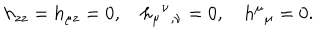
LaTeX: h _ { z z } = h _ { \mu z } = 0 , \quad h _ { \mu } { } ^ { \nu } { } _ { , \nu } = 0 , \quad h ^ { \mu } { } _ { \mu } = 0 .